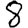
Digit: 8